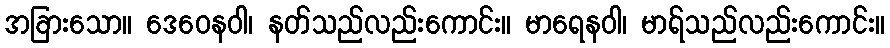
အခြားသော။ ဒေဝေနဝါ၊ နတ်သည်လည်းကောင်း။ မာရေနဝါ၊ မာရ်သည်လည်းကောင်း။